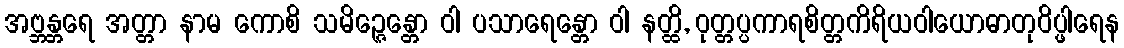
အဗ္ဘန္တရေ အတ္တာ နာမ ကောစိ သမိဉ္ဇေန္တော ဝါ ပသာရေန္တော ဝါ နတ္ထိ, ဝုတ္တပ္ပကာရစိတ္တကိရိယဝါယောဓာတုဝိပ္ဖါရေန